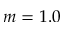
m = 1 . 0